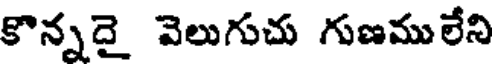
కొన్నదై వెలుగుచు గుణములేని